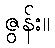
ဇွန်း။